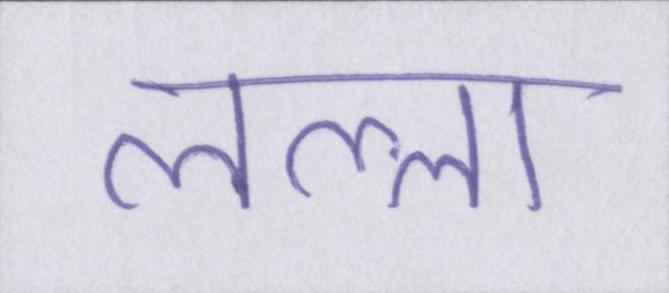
लल्ला